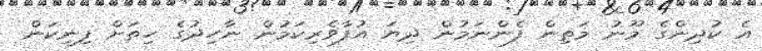
އެ ކުދިންގެ މޫނު މަތިން ފެންނަމުން ދިޔަ އުފާވެރިކަމުން ނާހިދުގެ ހިތަށް ފިނިކަން